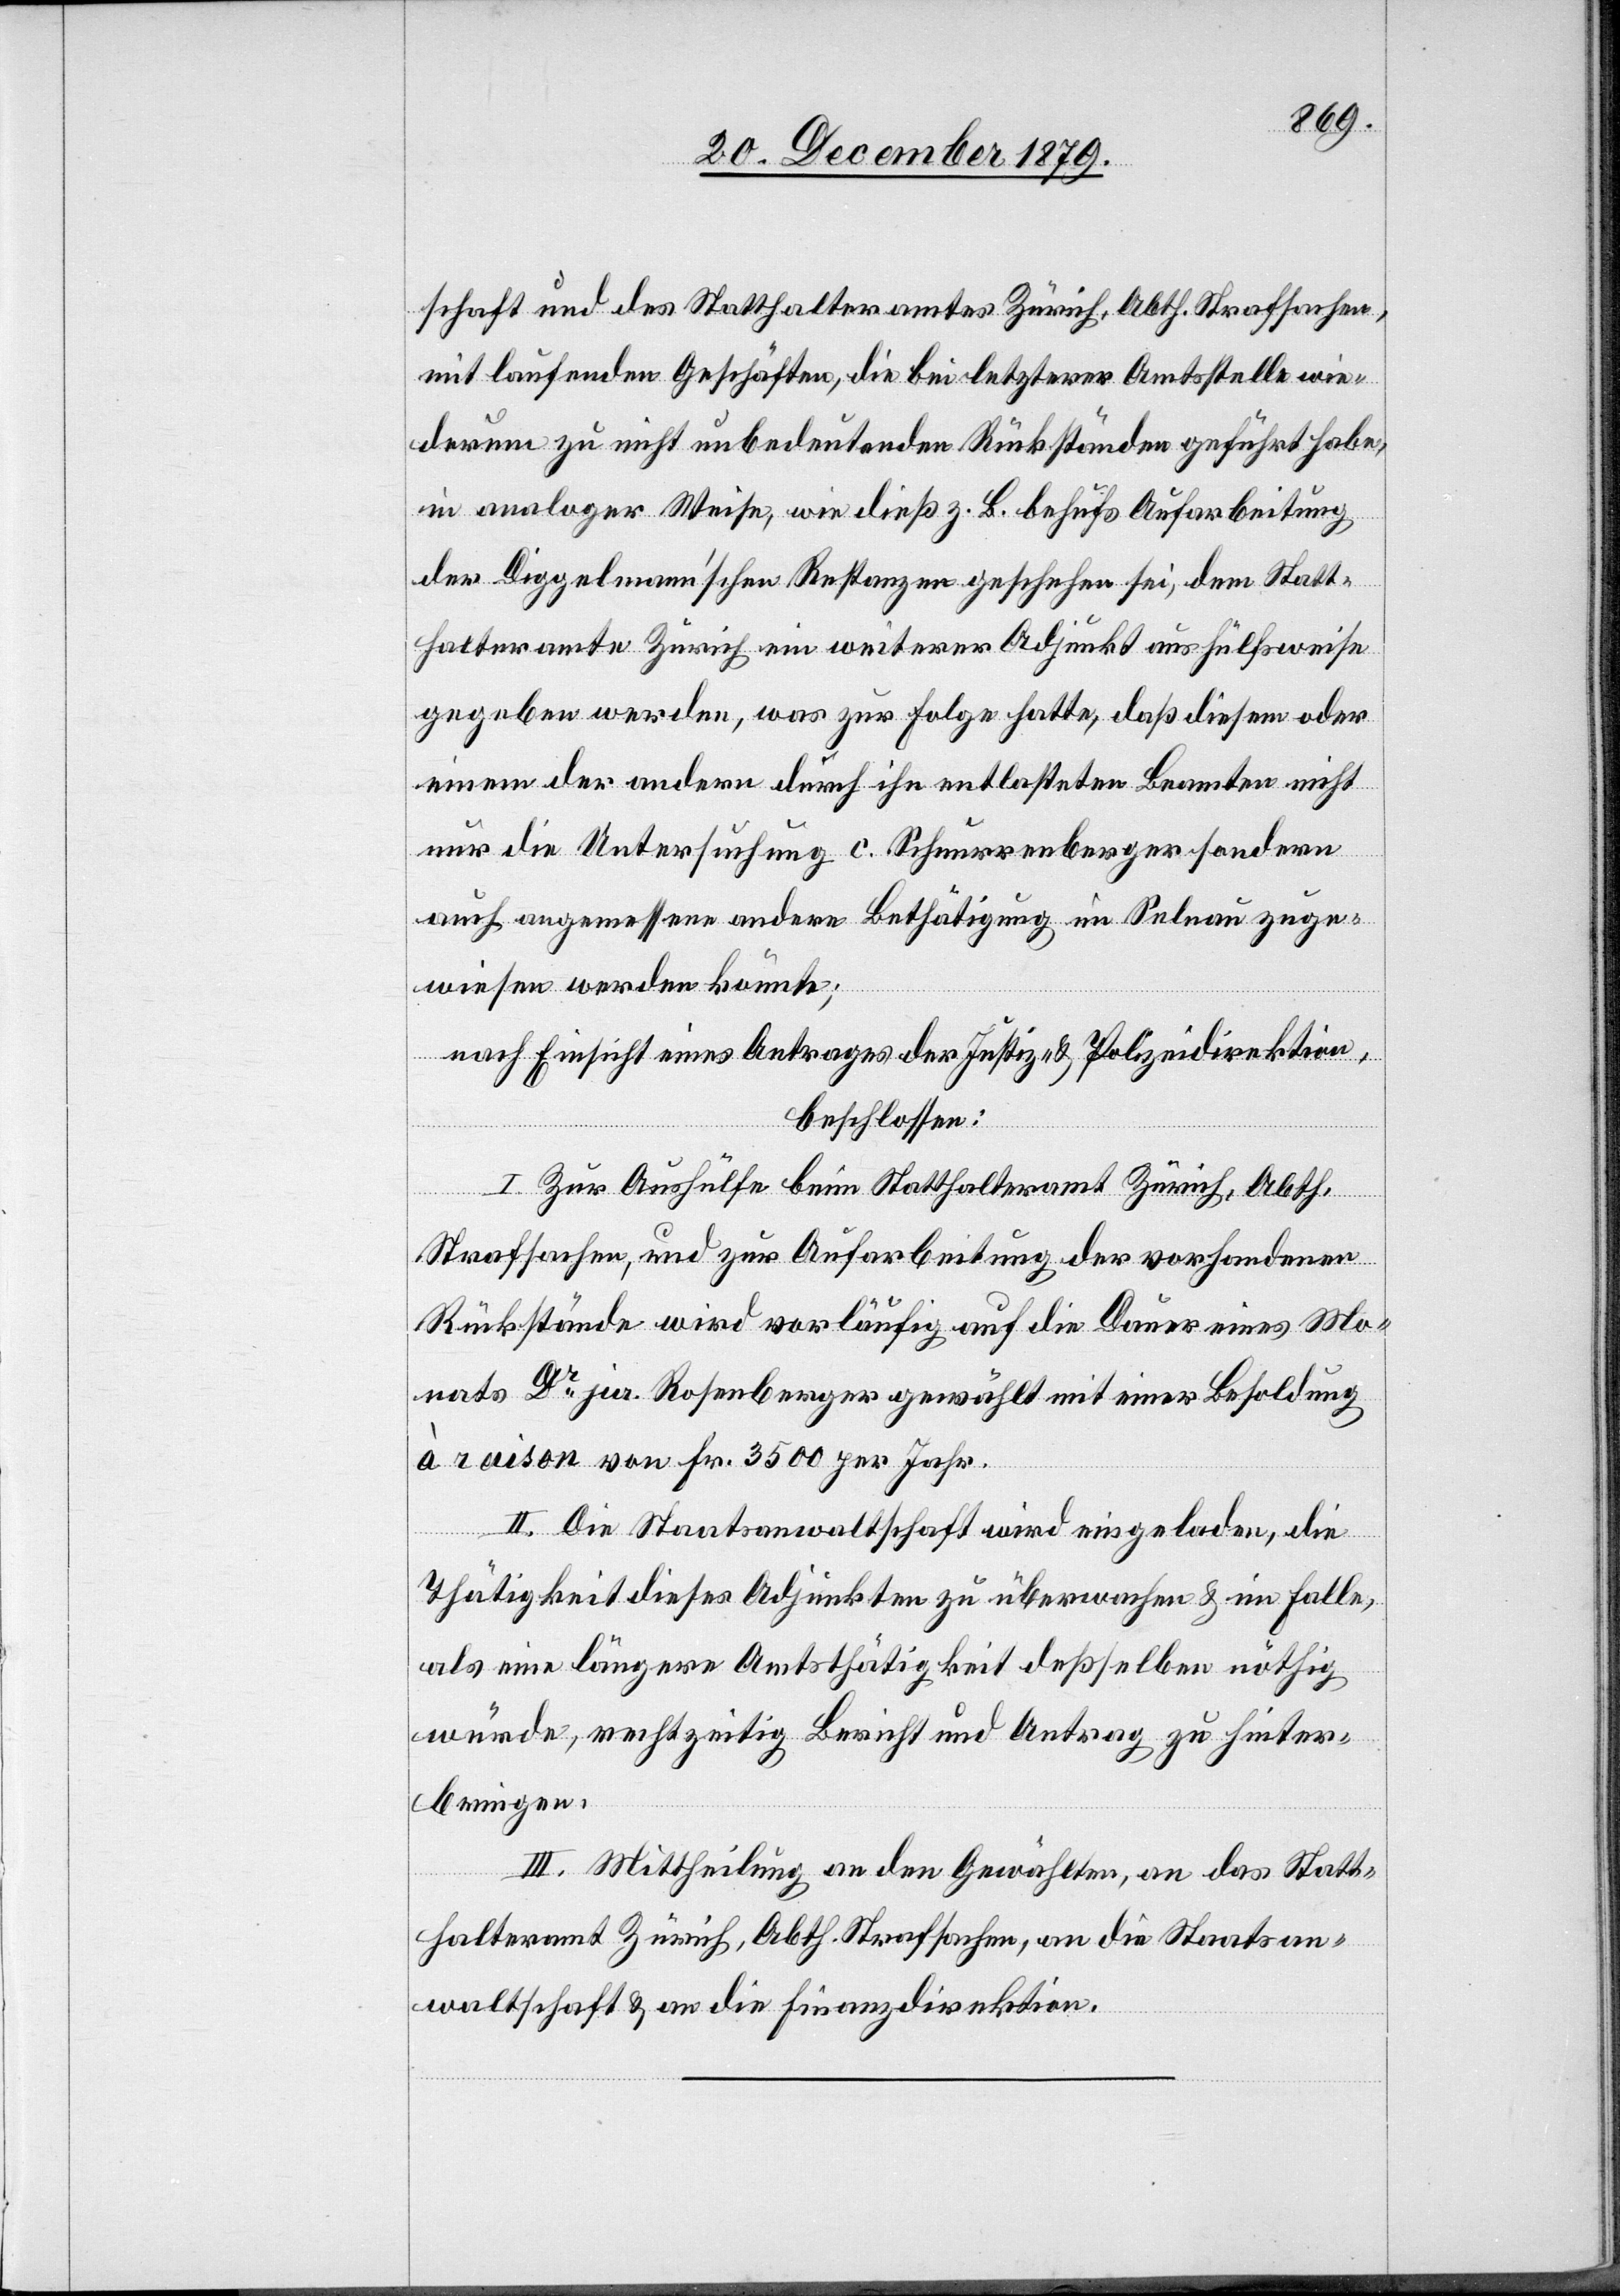
schaft und des Statthalteramtes Zürich, Abth. Strafsachen,
mit laufenden Geschäften, die bei letzterer Amtsstelle wie¬
derum zu nicht unbedeutenden Rückständen geführt habe,
in analoger Weise, wie dieß z. B. behufs Aufarbeitung
der Diggelmann’schen Restanzen geschehen sei, dem Statt¬
halteramte Zürich ein weiterer Adjunkt aushülfsweise
gegeben werden, was zur Folge hatte, daß diesem oder
einem der andern durch ihn entlasteten Beamten nicht
nur die Untersuchung c. Schnurrenberger sondern
auch angemessene andere Bestätigung in Selnau zuge¬
wiesen werden könnte;
nach Einsicht eines Antrages der Justiz- & Polizeidirektion,
beschlossen:
I. Zur Aushülfe beim Statthalteramt Zürich, Abth.
Strafsachen, und zur Aufarbeitung der vorhandenen
Rückstände wird vorläufig auf die Dauer eines Mo¬
nats Dr jur. Rosenberger gewählt mit einer Besoldung
à Raison von Fr. 3500 per Jahr.
II. Die Staatsanwaltschaft wird eingeladen, die
Thätigkeit dieses Adjunkten zu überwachen & im Falle,
als eine längere Amtsthätigkeit deßselben nöthig
würde, rechtzeitig Bericht und Antrag zu hinter¬
bringen.
III. Mittheilung an den Gewählten, an das Statt¬
halteramt Zürich, Abth. Strafsachen, an die Staatsan¬
waltschaft & an die Finanzdirektion.